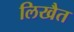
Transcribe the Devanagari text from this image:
लिखैत